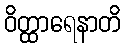
ဝိတ္ထာရေနာတိ